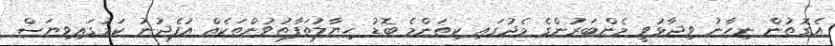
އެގޮތުން ނިހާނު ވިދާޅުވީ މެންބަރުންގެ މެދުގައި ކިތަންމެ ބޮޑު ހިޔާލުތަފާތުވުންތަކެއް އުފެދުނު ކަމުގައިވިޔަސް